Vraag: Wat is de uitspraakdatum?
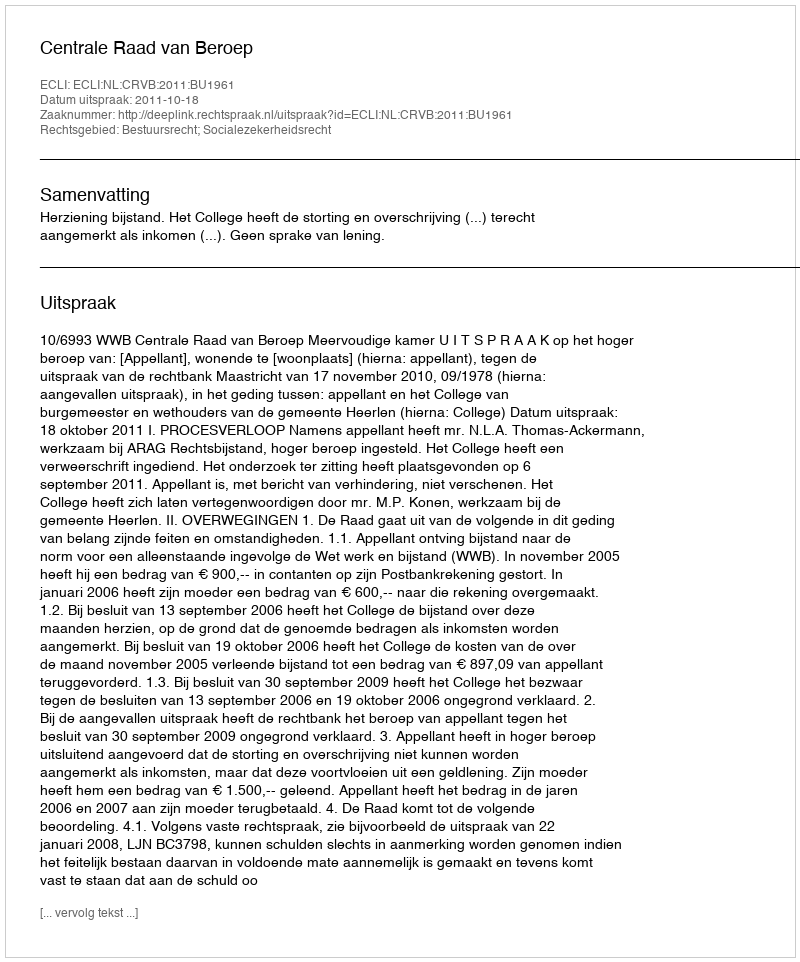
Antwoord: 2011-10-18